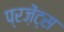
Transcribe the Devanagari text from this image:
प्रज़ेंट्स